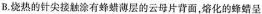
B.烧热的针尖接触涂有蜂蜡薄层的云母片背面，熔化的蜂蜡呈